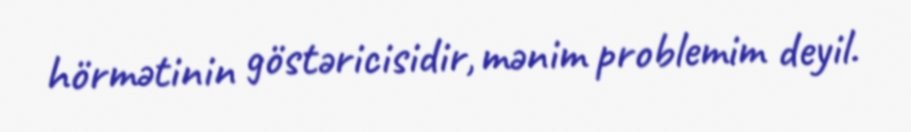
hörmətinin göstəricisidir, mənim problemim deyil.